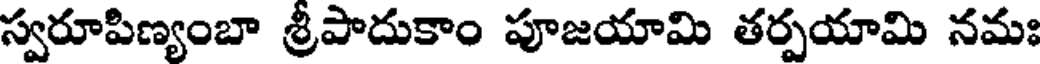
స్వరూపిణ్యంబా శ్రీపాదుకాం పూజయామి తర్పయామి నమః